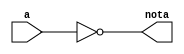
module not_32_bit (
  input wire [31:0] a,
  output wire [31:0] nota
);

assign nota = ~a;
  
endmodule